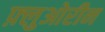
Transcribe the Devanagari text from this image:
फ़्लुओरीन